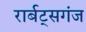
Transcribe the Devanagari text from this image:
रार्बट्सगंज